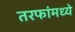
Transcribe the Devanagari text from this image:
तरफांमध्ये